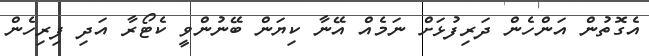
އެގޮތުން އަންހެން ދަރިފުޅަށް ނަމެއް އޭނާ ކިޔަން ބޭނުންވީ ކެޓޯރާ އަދި ފިރިހެން